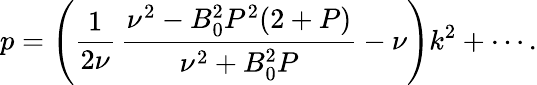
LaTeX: p=\left(\frac{1}{2\nu}\, \frac{\nu^{2}-B_{0}^{2}P^{2}(2+P)}{\nu^{2}+B_{0}^{2}P}-\nu\right)k^{2}+\cdots.